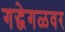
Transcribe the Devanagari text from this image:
गद्धेगळवर